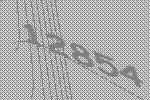
12854